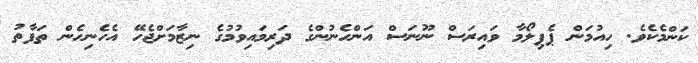
ކަންމެކެވެ. ހިއުމަން ޕެޕިލޯމާ ވައިރަސް ނޫނަސް އަންހެނުންގެ ދަރިމައިވުމުގެ ނިޒާމަށްޖެހޭ އެހެނިހެން ތަފާތު